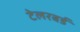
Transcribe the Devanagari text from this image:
टेलरबर्ड